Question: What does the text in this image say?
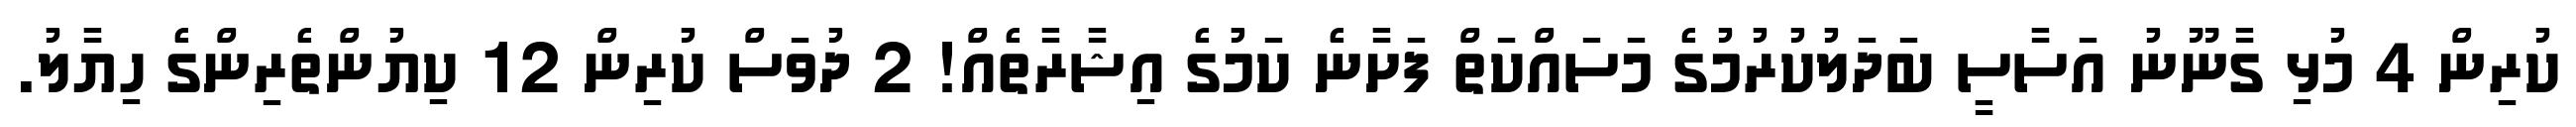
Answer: ކުރިން 4 މުޅި ގާނޫނު އަސާސީ ބަދަލުކުރުމުގެ މަސައްކަތް ފަށާނެ ކަމުގެ އިޝާރާތެއް! 2 ދުވަސް ކުރިން 12 ކިޔުންތެރިންގެ ހިޔާލު.